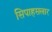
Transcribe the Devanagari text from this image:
सिपाहसलार